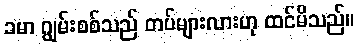
ခမာ ဂျွမ်းစစ်သည် တပ်များလားဟု ထင်မိသည်။